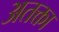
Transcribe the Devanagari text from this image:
अतक्ता